Indian journal of veterinary science and animal husbandry - Volumes 24-25, 1954-1955
Year: 1954
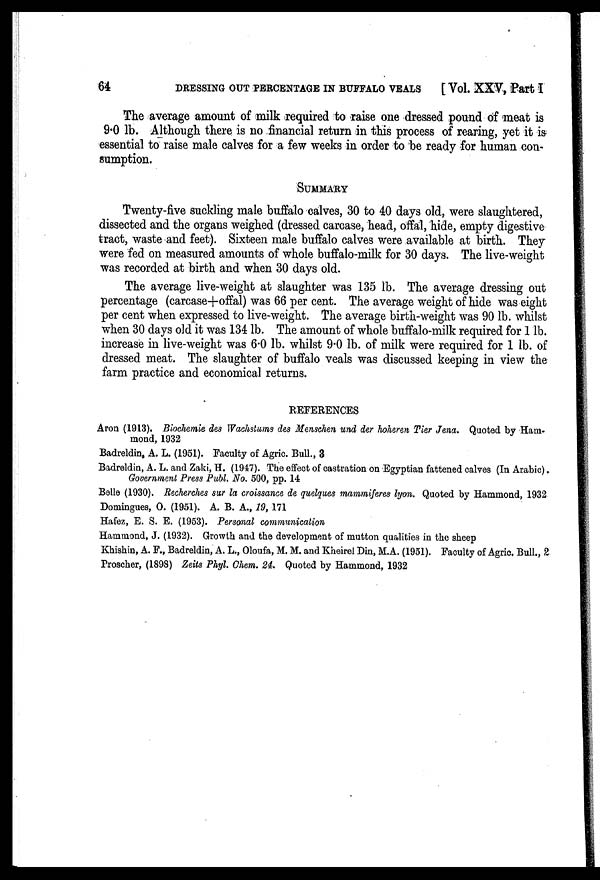
64
DRESSING OUT PERCENTAGE IN BUFFALO VEALS
[Vol. XXV, Part I
The average amount of milk required to raise one dressed pound of meat is
9.0 lb. Although there is no financial return in this process of rearing, yet it is
essential to raise male calves for a few weeks in order to be ready for human con-
sumption.
SUMMARY
Twenty-five suckling male buffalo calves, 30 to 40 days old, were slaughtered,
dissected and the organs weighed (dressed carcase, head, offal, hide, empty digestive
tract, waste and feet). Sixteen male buffalo calves were available at birth. They
were fed on measured amounts of whole buffalo-milk for 30 days. The live-weight
was recorded at birth and when 30 days old.
The average live-weight at slaughter was 135 lb. The average dressing out
percentage (carcase+offal) was 66 per cent. The average weight of hide was eight
per cent when expressed to live-weight. The average birth-weight was 90 lb. whilst
when 30 days old it was 134 lb. The amount of whole buffalo-milk required for 1 lb.
increase in live-weight was 6.0 lb. whilst 9.0 lb. of milk were required for 1 lb. of
dressed meat. The slaughter of buffalo veals was discussed keeping in view the
farm practice and economical returns.
REFERENCES
Aron (1913). Biochemie des Wachstums des Menschen und der hoheren Tier Jena. Quoted by Ham-
mond, 1932
Badreldin, A. L. (1951). Faculty of Agric. Bull., 3
Badreldin, A. L. and Zaki, H. (1947). The effect of castration on Egyptian fattened calves (In Arabic).
Government Press Publ. No. 500, pp. 14
Belle (1930). Recherches sur la croissance de quelques mammiferes lyon. Quoted by Hammond, 1932
Domingues, O. (1951). A. B. A., 19, 171
Hafez, E. S. E. (1953). Personal communication
Hammond, J. (1932). Growth and the development of mutton qualities in the sheep
Khishin, A. F., Badreldin, A. L., Oloufa, M. M. and Kheirel Din, M.A. (1951). Faculty of Agric. Bull., 2
Proscher, (1898) Zeits Phyl. Chem. 24. Quoted by Hammond, 1932